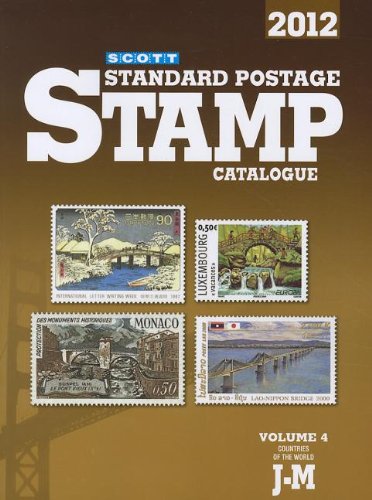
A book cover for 2012 Scott Standard Postage Stamp Catalogue, Vol. 4: Countries of the World J-M; James E. Kloetzel; Crafts, Hobbies & Home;